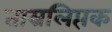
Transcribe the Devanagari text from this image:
ताम्रलिप्तक